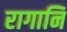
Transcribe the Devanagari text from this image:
रागानि